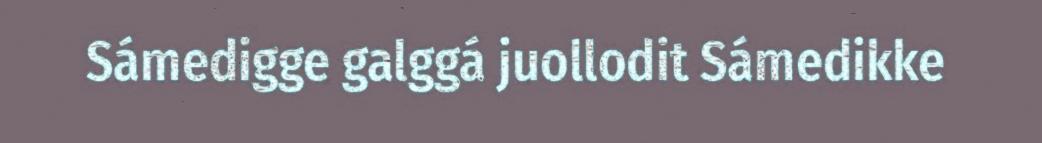
Sámedigge galggá juollodit Sámedikke